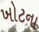
ખોટના